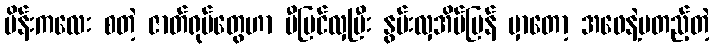
မိန်းကလေး စတဲ့ ဇာတ်ရုပ်တွေဟာ ပီပြင်လှပြီး နွမ်းလှအိမ်ပြန် မှာတော့ အဖေနဲ့မတည့်တဲ့